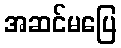
အဆင်မပြေ